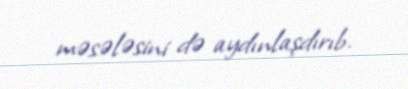
məsələsini də aydınlaşdırıb.